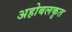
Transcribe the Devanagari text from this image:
अहोबलकृत